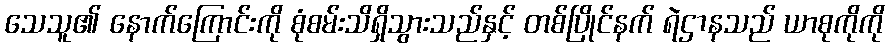
သေသူ၏ နောက်ကြောင်းကို စုံစမ်းသိရှိသွားသည်နှင့် တစ်ပြိုင်နက် ရဲဌာနသည် ယာစုကိုကို